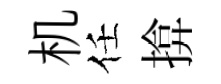
机任揜